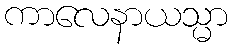
ကာလေနာယသ္မာ